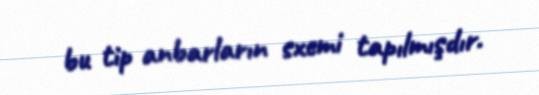
bu tip anbarların sxemi tapılmışdır.